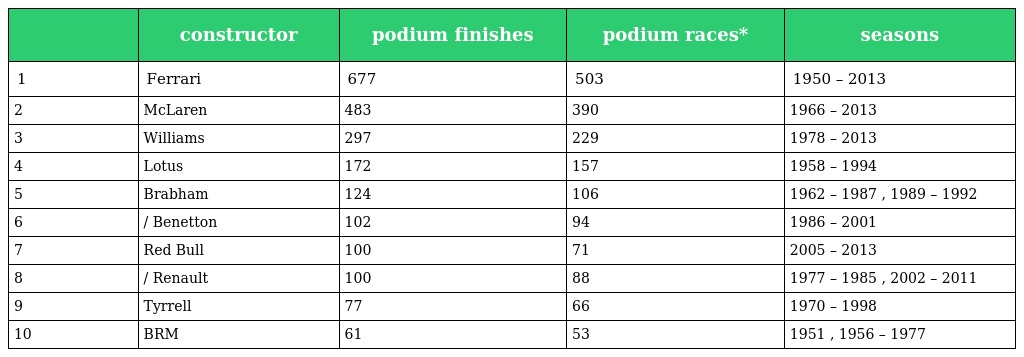
|  | constructor | podium finishes | podium races* | seasons |
 | --- | --- | --- | --- | --- |
 | 1 | Ferrari | 677 | 503 | 1950 – 2013 |
 | 2 | McLaren | 483 | 390 | 1966 – 2013 |
 | 3 | Williams | 297 | 229 | 1978 – 2013 |
 | 4 | Lotus | 172 | 157 | 1958 – 1994 |
 | 5 | Brabham | 124 | 106 | 1962 – 1987 , 1989 – 1992 |
 | 6 | / Benetton | 102 | 94 | 1986 – 2001 |
 | 7 | Red Bull | 100 | 71 | 2005 – 2013 |
 | 8 | / Renault | 100 | 88 | 1977 – 1985 , 2002 – 2011 |
 | 9 | Tyrrell | 77 | 66 | 1970 – 1998 |
 | 10 | BRM | 61 | 53 | 1951 , 1956 – 1977 |